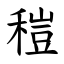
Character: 䅱